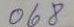
068